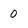
Character: 0